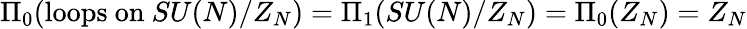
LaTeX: \Pi_{0}(\mathrm{loops~on}~SU(N)/Z_{N})=\Pi_{1}(SU(N)/Z_{N})=\Pi_{0}(Z_{N})=Z_{N}